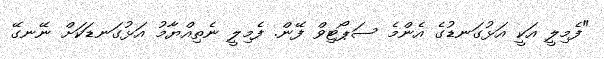
"ފެމިލީ އަކީ އަަޅުގަނޑުގެ އެންމެ ސަޕޯޓިވް ފޭން. ފެމިލީ ނެތިއްޔާމު އަޅުގަނޑަކަށް ނޭނގޭ